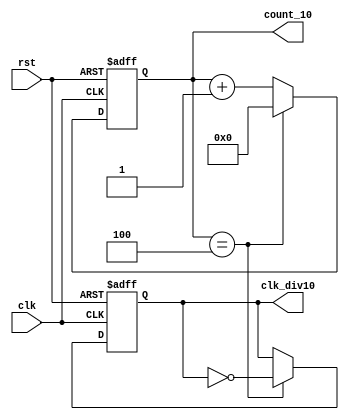
module counter_v2(
    input clk,
    input rst,
    output reg [3:0] count_10,
    output reg       clk_div10
);

always @ (posedge clk or negedge rst)
begin
    if (!rst)
    begin
        count_10  <= 0;
        clk_div10 <= 0;
    end
    else if (count_10 == 4)
    begin
        count_10 <= 0;
        clk_div10 <= ~clk_div10;
    end
    else
        count_10 <= count_10 + 1;
end

endmodule